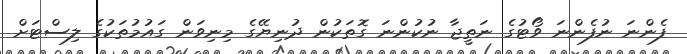
ފެންނަ ނުފެންނަ ވޯޓުގެ ނަތީޖާ ނުކުންނަ ގޮތަކުން ދުނިޔޭގެ މިނިވަން ގައުމުތަކުގެ ލިސްޓަށް